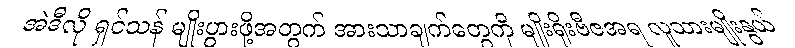
အဲဒီလို ရှင်သန် မျိုးပွားဖို့အတွက် အားသာချက်တွေကို မျိုးရိုးဗီဇအရ လူသားမျိုးနွယ်